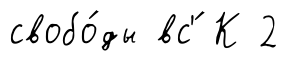
свобо́ды вс'́ К 2